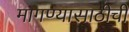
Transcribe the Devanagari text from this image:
मागण्यासाठीची